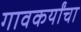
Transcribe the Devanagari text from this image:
गावकर्यांचा